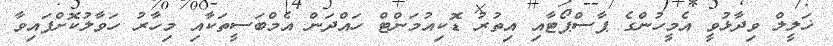
ޚަލީލް ވިދާޅުވީ އެމީހުންގެ ޕާސްޕޯޓާއި އިތުރު ޑޮކިއުމަންޓް ހައްދަން އެމްބަސީތަކާއި މިހާރު ހަވާލުކޮށްފައިވާ